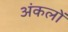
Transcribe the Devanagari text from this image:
अंकलों